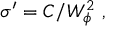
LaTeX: \sigma ^ { \prime } = C / W _ { \phi } ^ { 2 } ~ ,